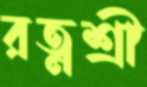
রত্নশ্রী